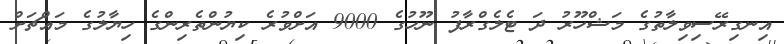
އިނގިރޭސިވިލާތުގެ މަޝްހޫރު ދަ ޓެލެގްރާފު ނޫހުގެ 9000 އަށްވުރެ ކިޔުންތެރިންގެ ހިޔާލުގެ މައްޗަށް